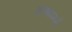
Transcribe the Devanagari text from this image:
अल्झाइमर्स